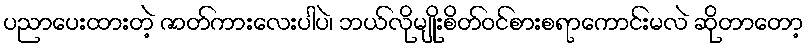
ပညာပေးထားတဲ့ ဇာတ်ကားလေးပါပဲ၊ ဘယ်လိုမျိုးစိတ်ဝင်စားစရာကောင်းမလဲ ဆိုတာတော့